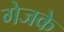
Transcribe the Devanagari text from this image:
गेजके